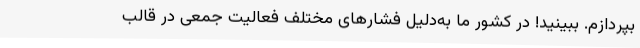
بپردازم. ببینید! در کشور ما به‌دلیل فشارهای مختلف فعالیت جمعی در قالب